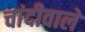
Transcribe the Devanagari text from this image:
चांदीवाले